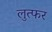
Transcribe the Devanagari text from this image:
लुत्फर